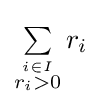
\textstyle \sum \limits _{\stackrel {i\in I}{r_{i}>0}}r_{i}